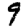
Digit: 9